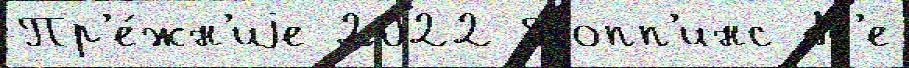
Пр'е́жн'иjе 2022 Попп'инс Н'е